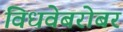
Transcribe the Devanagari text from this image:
विधवेबरोबर